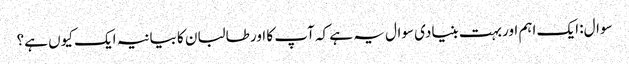
سوال: ایک اہم اور بہت بنیادی سوال یہ ہے کہ آپ کا اور طالبان کا بیانیہ ایک کیوں ہے؟